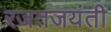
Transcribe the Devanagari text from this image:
रजतजयंती